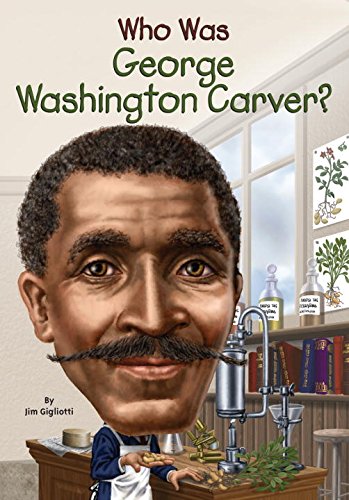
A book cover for Who Was George Washington Carver?; Jim Gigliotti; Children's Books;